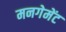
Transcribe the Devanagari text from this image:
मनगेमेंट